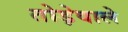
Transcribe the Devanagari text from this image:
तोड़ेवाले